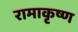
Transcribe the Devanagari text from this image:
रामाकृष्ण